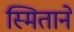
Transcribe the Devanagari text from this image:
स्मिताने